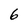
Character: 6